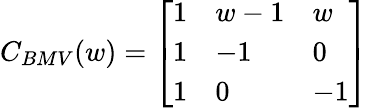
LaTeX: C_{BMV}(w)=\left[\begin{array}{lll}{{1}}&{{w-1}}&{{w}}\\ {{1}}&{{-1}}&{{0}}\\ {{1}}&{{0}}&{{-1}}\end{array}\right]